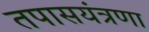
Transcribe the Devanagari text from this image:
तपासयंत्रणा